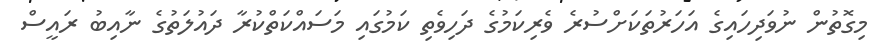
މިގޮތުން ނުވަދިހައިގެ އަހަރުތަކަށްސުރެ ވެރިކަމުގެ ދަހިވެތި ކަމުގައި މަސައްކަތްކުރާ ދައުލަތުގެ ނާއިބު ރައީސް